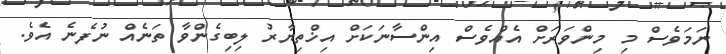
ނަމަވެސް މި މިންވަރަށް އެއްވެސް އިންސާނަކަށް އިޚްތިޔާރު ލިބިގެންވާ ތަނެއް ނުފެނެ އެވެ.